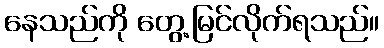
နေသည်ကို တွေ့မြင်လိုက်ရသည်။